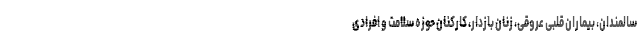
سالمندان، بیماران قلبی عروقی، زنان بازدار، کارکنان حوزه سلامت و افرادی